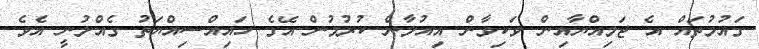
ގައުމުތައް އެ ޖަމިއްޔާއިން ވަކިވާން އިއުލާން ކުރުމުން އޭގެ ހައިއްސިއްޔަތު ގެއްލުނީ އެވެ.